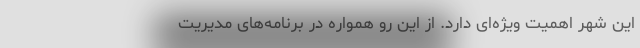
این شهر اهمیت ویژه‌ای دارد. از این رو همواره در برنامه‌های مدیریت